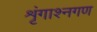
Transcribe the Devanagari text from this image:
शृंगाश्नगण